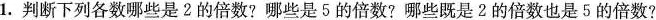
1.判断下列各数哪些是2的倍数?哪些是5的倍数?哪些既是2的倍数也是5的倍数?